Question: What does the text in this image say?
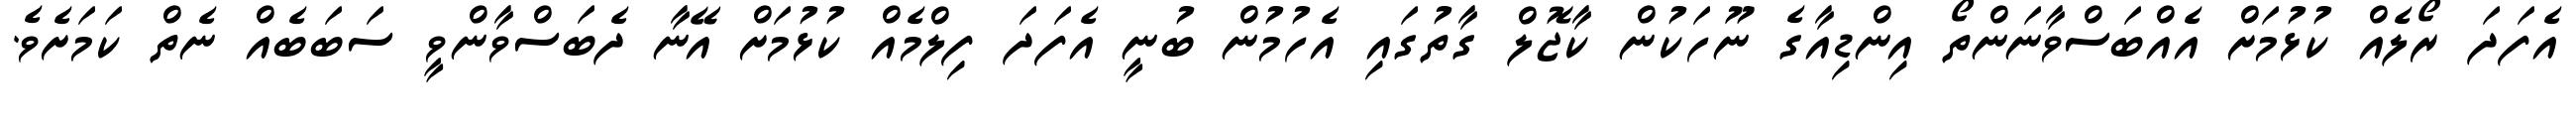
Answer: އެފަދަ ރޯލެއް ކުޅުމަށް އެއްބަސްވާނަންތޯ އިންޑިއާގެ ނޫހަކުން ކާޖޮލް ގާތުގައި އެހުމުން ބުނީ އެފަދަ ފިލްމެއް ކުޅުމަށް އޭނާ ދެބަސްވާންވީ ސަބަބެއް ނެތް ކަމަށެވެ.